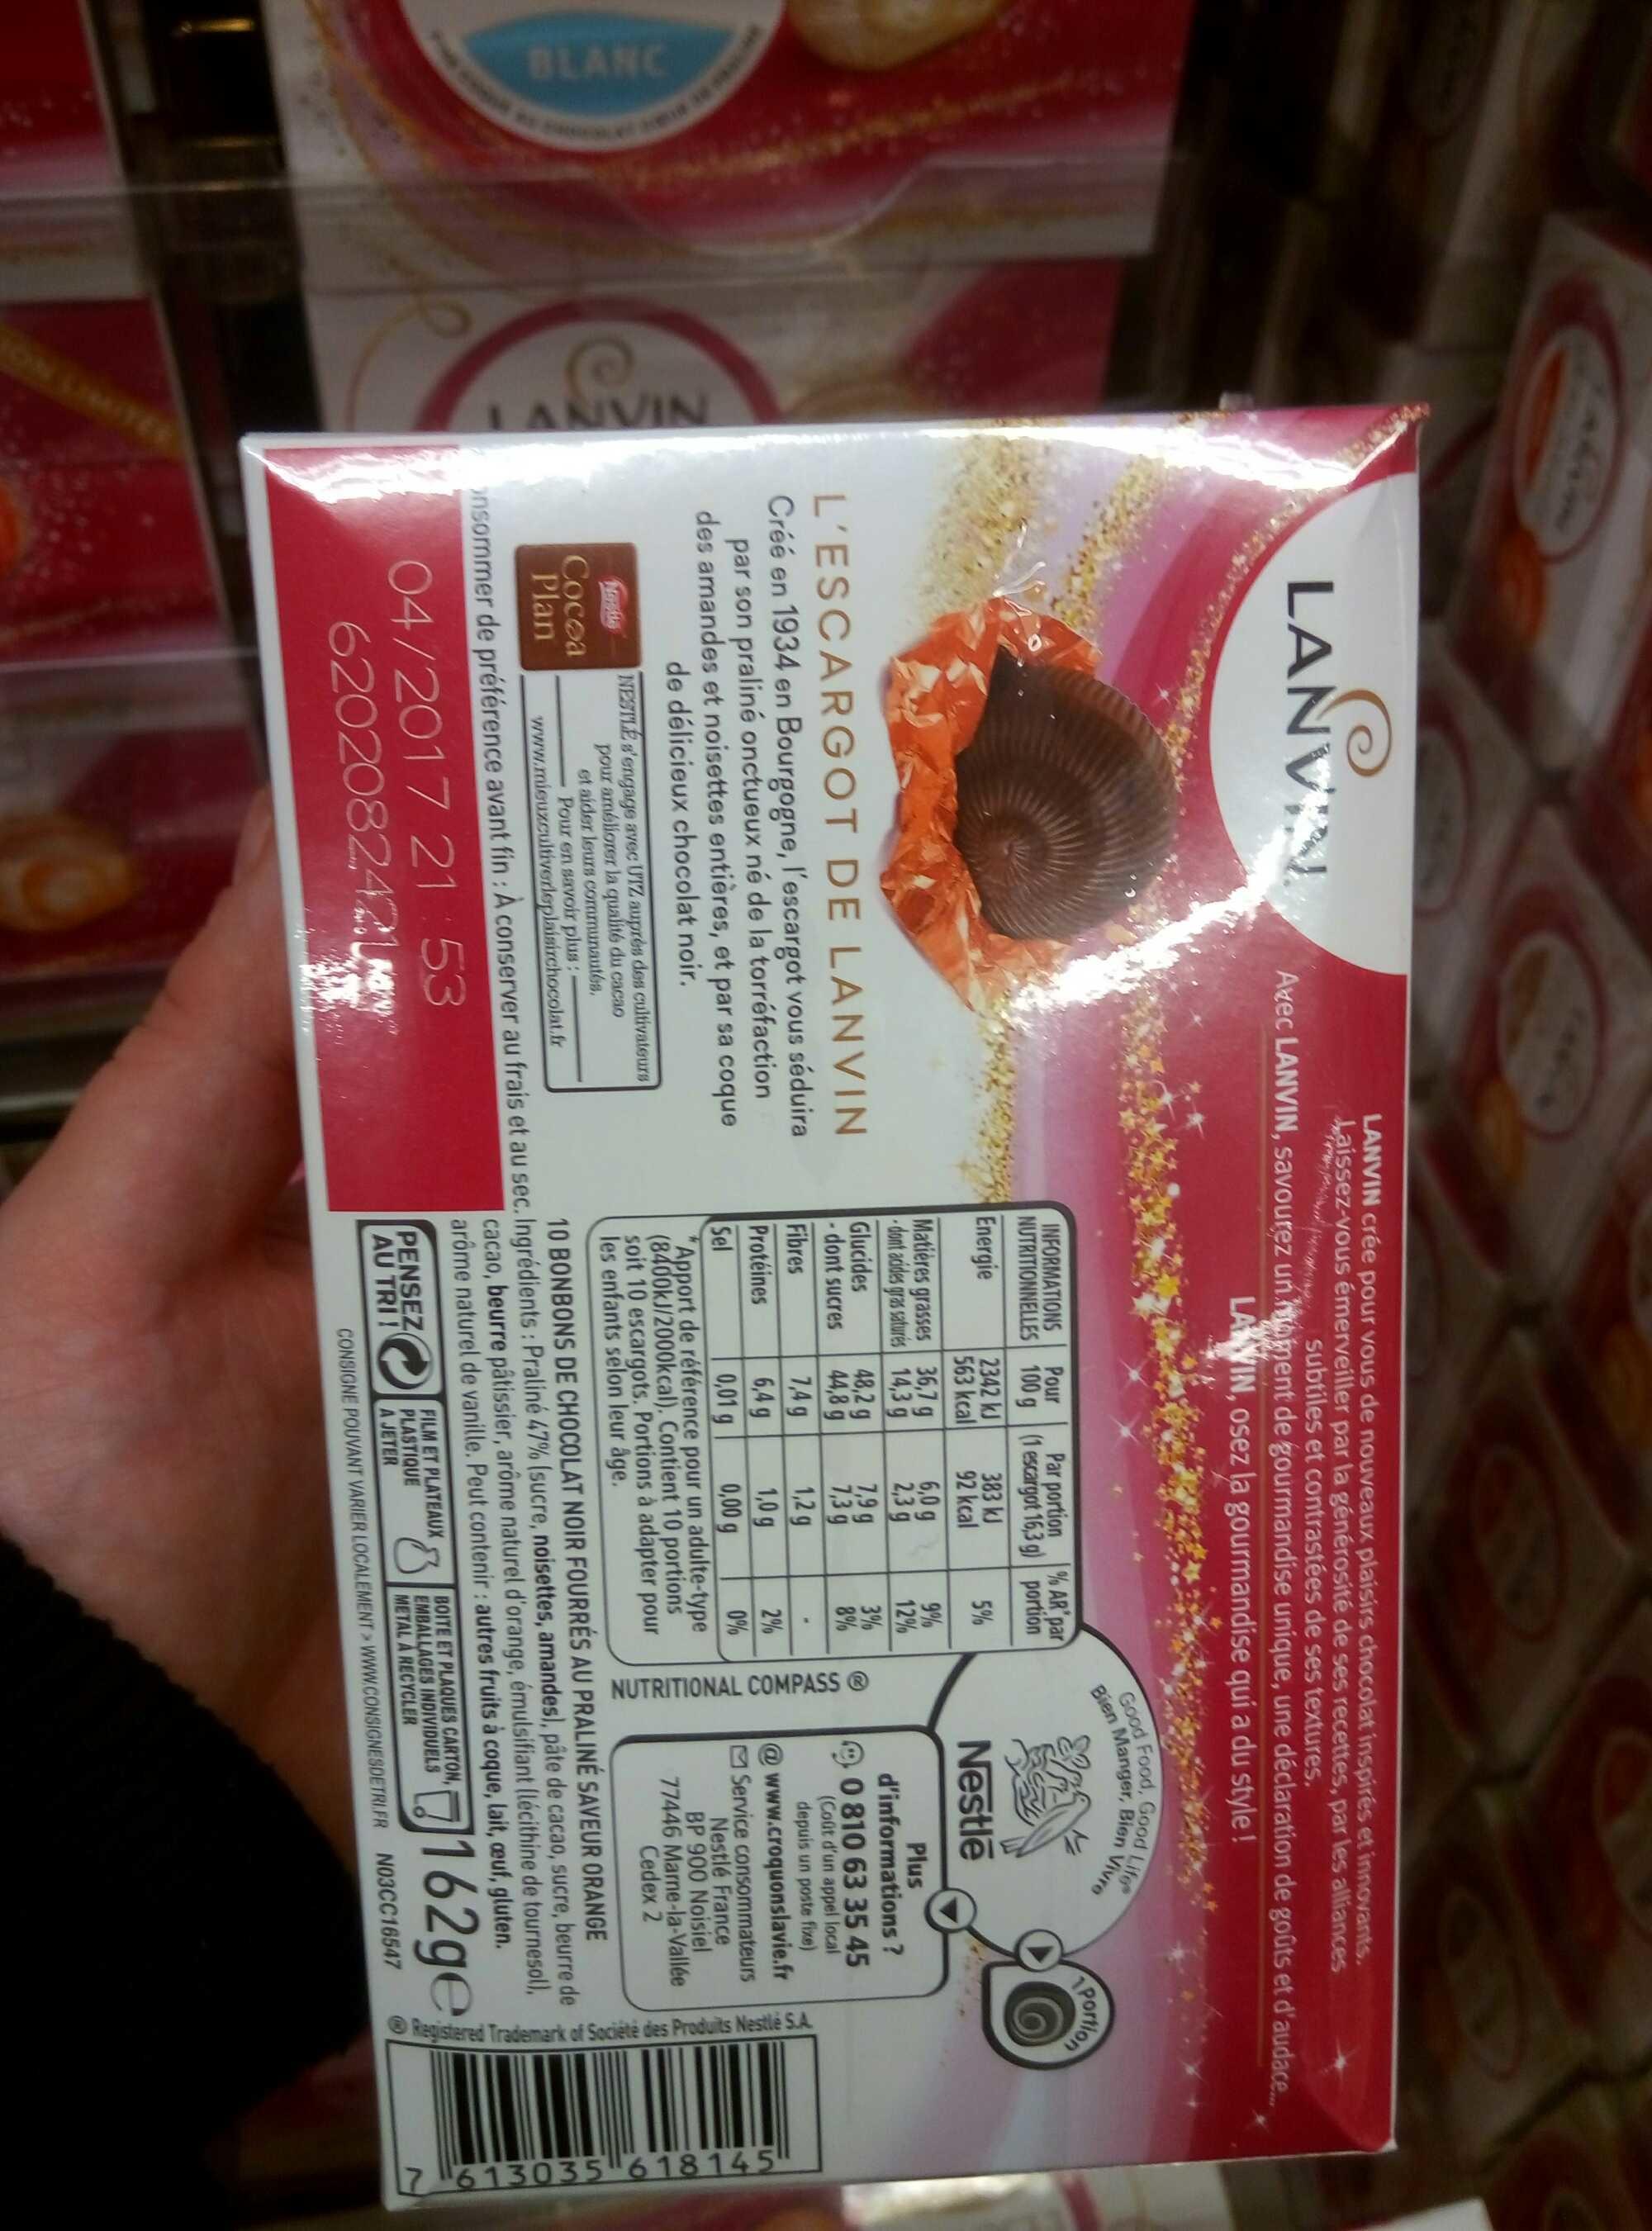
LANVIN
LANVI
Cocoa
Plan
LANVIN crée pour vous de nouveaux plaisirs chocolat inspirés et innovants. Laissez-vous émerveiller par la générosité de ses recettes, par les alliances Subtiles et contrastées de ses textures.
Avec LANVIN, savourez un moment de gourmandise unique, une déclaration de goûts et d'audace....
way
LANVIN, osez la gourmandise qui a du style!
www
L'ESCARGOT DE LANVIN Créé en 1934 en Bourgogne, l'escargot vous séduira par son praliné onctueux né de la torréfaction des amandes et noisettes entières, et par sa coque de délicieux chocolat noir.
NESTLE s'engage avec UTZ auprès des cultivateurs pour améliorer la qualité du cacao et aider leurs communautés. Pour en savoir plus www.mieuxcultiverleplaisirchocolat.fr
Par portion % AR par
INFORMATIONS Pour NUTRITIONNELLES 100 g (1 escargot 16,3 g) portion
Energie
5%
Matières grasses dont acides gras saturés
Glucides
- dont sucres
Fibres
Protéines
Sel
2342 kJ 563 kcal
36,7 g
14,3 g
PENSEZ
AU TRI!
48,2 g
44,8 g
383 kJ
92 kcal
7,9 g
7,3 g
1,2 g
1,0 g
0,01 g
0,00 g
"Apport de référence pour un adulte-type (8400kJ/2000kcal). Contient 10 portions soit 10 escargots. Portions à adapter pour les enfants selon leur âge.
7,4 g
6,4 g
6,0 g
2,3 g
9%
12%
3%
8%
2%
0%
Good Food, Good Life Bien Manger, Bien Vivre
NUTRITIONAL COMPASS Ⓡ
Nestle
Plus
d'informations ?
0 810 63 35 45
(Coût d'un appel local depuis un poste fixe)
Portion
www.croquonslavie.fr Service consommateurs Nestlé France BP 900 Noisiel Marne-la-Vallée Cedex 2
77446
10 BONBONS DE CHOCOLAT NOIR FOURRÉS AU PRALINÉ SAVEUR ORANGE onsommer de préférence avant fin: À conserver au frais et au sec. Ingrédients : Praliné 47% (sucre, noisettes, amandes), pâte de cacao, sucre, beurre de cacao, beurre pâtissier, arôme naturel d'orange, émulsifiant (lécithine de tournesol), arôme naturel de vanille. Peut contenir : autres fruits à coque, lait, œuf, gluten.
04/2017 21:53 620208242
FILM ET PLATEAUX PLASTIQUE A JETER
162ge
CONSIGNE POUVANT VARIER LOCALEMENT> WWW.CONSIGNESDETRIFR NO3CC16547
BOITE ET PLAQUES CARTON, EMBALLAGES INDIVIDUELS METAL A RECYCLER
gistered Trademark of Société des Produits Nestlé S.A.
7613035 618145